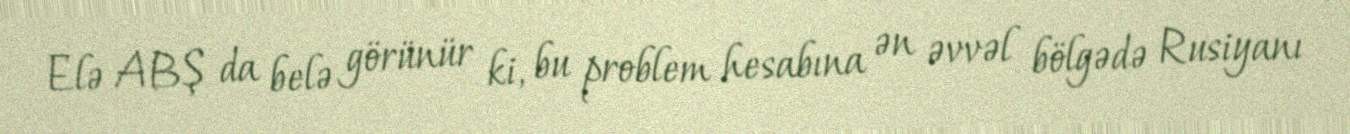
Elə ABŞ da belə görünür ki, bu problem hesabına ən əvvəl bölgədə Rusiyanı